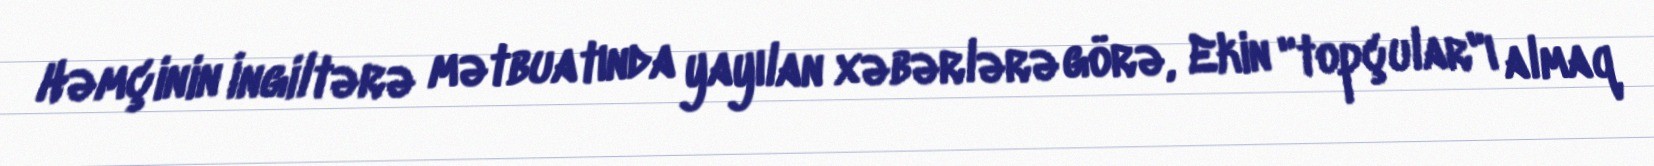
Həmçinin İngiltərə mətbuatında yayılan xəbərlərə görə, Ekin "topçular"ı almaq